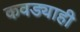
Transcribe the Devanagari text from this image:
कवड्याही